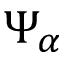
\Psi _ { \alpha }